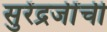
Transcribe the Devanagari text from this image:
सुरेंद्रजींची